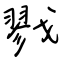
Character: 戮